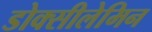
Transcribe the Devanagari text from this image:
डोक्सीलेमिन